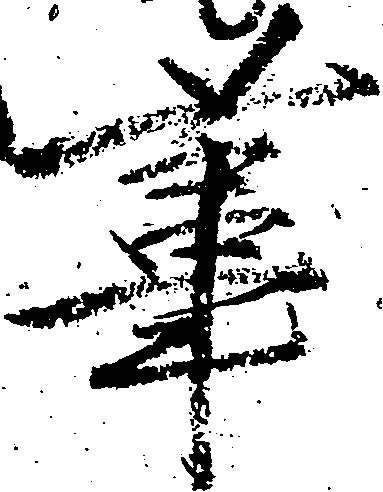
葦